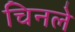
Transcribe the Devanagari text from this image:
चिनले